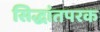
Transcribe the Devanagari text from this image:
सिद्धांतपरक